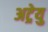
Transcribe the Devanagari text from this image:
अट्रेयु